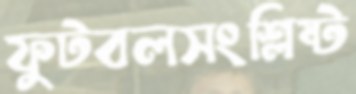
ফুটবলসংশ্লিষ্ট